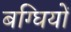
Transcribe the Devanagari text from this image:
बग्घियों